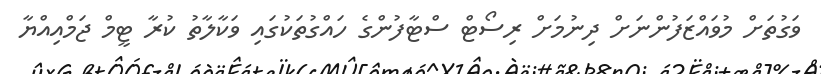
ވަގުތަށް މުވައްޒަފުންނަށް ދިނުމަށް ރިސޯޓް ސްޓާފުންގެ ހައްގުތަކުގައި ވަކާލާތު ކުރާ ޓީމް ޖަމްއިއްޔާ